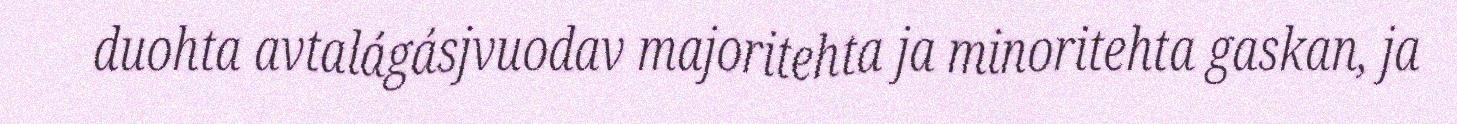
duohta avtalágásjvuodav majoritehta ja minoritehta gaskan, ja